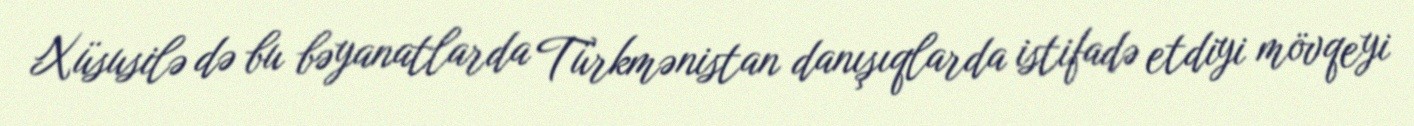
Xüsusilə də bu bəyanatlarda Türkmənistan danışıqlarda istifadə etdiyi mövqeyi